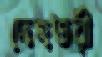
দেহতরী